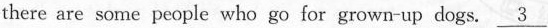
there are some people who go for grown-up dogs .\underline{3}